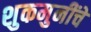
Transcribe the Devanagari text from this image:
शुकमुनींचे